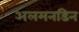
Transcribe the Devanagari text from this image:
अलमनडिन